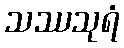
သဿသုရံ